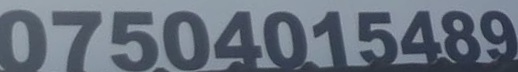
07504015489